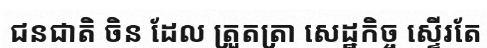
ជនជាតិ ចិន ដែល ត្រួតត្រា សេដ្ឋកិច្ច ស្ទើរតែ